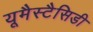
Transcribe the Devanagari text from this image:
यूमैस्टैसिडी